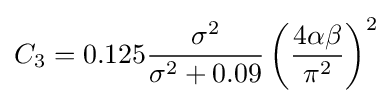
C_{3}=0.125{\frac {\sigma ^{2}}{\sigma ^{2}+0.09}}\left({\frac {4\alpha \beta }{\pi ^{2}}}\right)^{2}